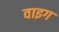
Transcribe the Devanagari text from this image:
वाइग